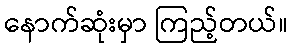
နောက်ဆုံးမှာ ကြည့်တယ်။